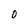
Character: 0